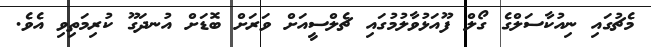
މެޗުގައި ނިއުކާސަލްގެ ގޯލް ފޫއަޅުވާލުމުގައި ޗެލްސީއަށް ވަރަށް ބޮޑަށް އުނދަގޫ ކުރިމަތިވި އެވެ.